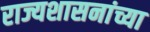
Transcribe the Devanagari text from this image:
राज्यशासनांच्या